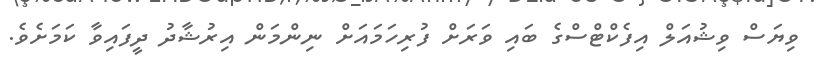
ވިޔަސް ވިޝުއަލް އިފެކްޓްސްގެ ބައި ވަރަށް ފުރިހަމައަށް ނިންމަން އިރުޝާދު ދީފައިވާ ކަމަށެވެ.